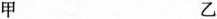
甲 乙